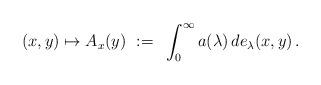
LaTeX: \begin{align*}(x, y) \mapsto A_x(y) ~:=~ \int_0^\infty a(\lambda) \, de_\lambda(x, y)\,.\end{align*}